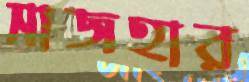
সাজহার